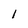
Character: 1